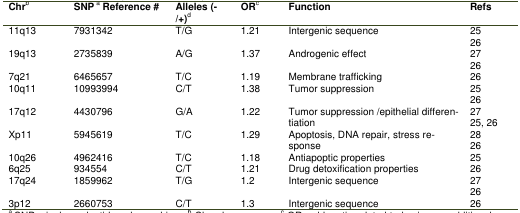
<table><thead><tr><td><b>Chr b</b></td><td><b>SNP a Reference #</b></td><td><b>Alleles (-/+)d</b></td><td><b>OR c</b></td><td><b>Function</b></td><td><b>Refs</b></td></tr></thead><tbody><tr><td>11q13</td><td>7931342</td><td>T/G</td><td>1.21</td><td>Intergenic sequence</td><td>25 26</td></tr><tr><td>19q13</td><td>2735839</td><td>A/G</td><td>1.37</td><td>Androgenic effect</td><td>27 26</td></tr><tr><td>7q21</td><td>6465657</td><td>T/C</td><td>1.19</td><td>Membrane trafficking</td><td>26</td></tr><tr><td>10q11</td><td>10993994</td><td>C/T</td><td>1.38</td><td>Tumor suppression</td><td>25 26</td></tr><tr><td>17q12</td><td>4430796</td><td>G/A</td><td>1.22</td><td>Tumor suppression /epithelial differentiation</td><td>27 25, 26</td></tr><tr><td>Xp11</td><td>5945619</td><td>T/C</td><td>1.29</td><td>Apoptosis, DNA repair, stress response</td><td>28 26</td></tr><tr><td>10q26</td><td>4962416</td><td>T/C</td><td>1.18</td><td>Antiapoptic properties</td><td>25</td></tr><tr><td>6q25</td><td>934554</td><td>C/T</td><td>1.21</td><td>Drug detoxification properties</td><td>26</td></tr><tr><td>17q24</td><td>1859962</td><td>T/G</td><td>1.2</td><td>Intergenic sequence</td><td>27 26</td></tr><tr><td>3p12</td><td>2660753</td><td>C/T</td><td>1.3</td><td>Intergenic sequence</td><td>26</td></tr></tbody></table>